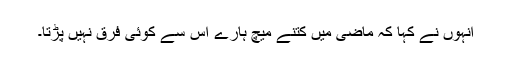
انہوں نے کہا کہ ماضی میں کتنے میچ ہارے اس سے کوئی فرق نہیں پڑتا۔